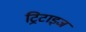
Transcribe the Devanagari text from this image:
ट्रिटाइज